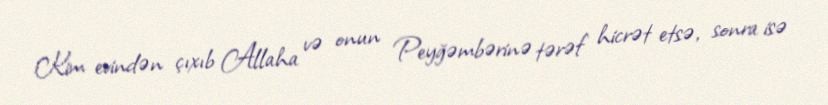
Kim evindən çıxıb Allaha və onun Peyğəmbərinə tərəf hicrət etsə, sonra isə